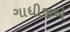
ગાધીજીએ